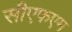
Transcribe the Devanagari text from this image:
सीएफएम